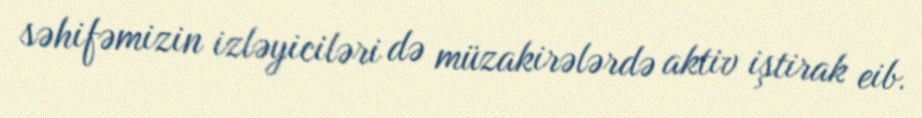
səhifəmizin izləyiciləri də müzakirələrdə aktiv iştirak eib.